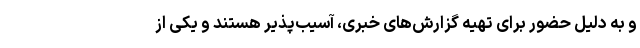
و به دلیل حضور برای تهیه گزارش‌های خبری، آسیب‌پذیر هستند و یکی از